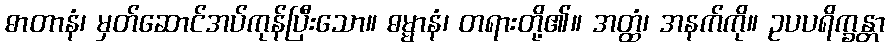
ဓာတာနံ၊ မှတ်ဆောင်အပ်ကုန်ပြီးသော။ ဓမ္မာနံ၊ တရားတို့၏။ အတ္ထံ၊ အနက်ကို။ ဥပပရိက္ခန္တာ